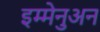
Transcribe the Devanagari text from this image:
इम्मेनुअन